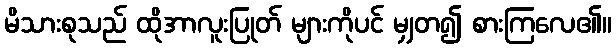
မိသားစုသည် ထိုအာလူးပြုတ် များကိုပင် မျှတ၍ စားကြလေ၏။